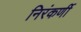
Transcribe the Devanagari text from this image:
निरंकर्णी